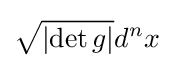
{\sqrt {\left|\det g\right|}}d^{n}x